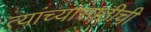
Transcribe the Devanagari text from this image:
त्यांच्यासाठीची